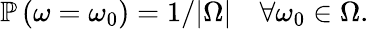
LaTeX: \mathbb{P}\left(\omega=\omega_{0}\right)=1/|\Omega|\quad\forall\omega_{0}\in\Omega.